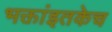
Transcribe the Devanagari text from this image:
भक्तांइतकेच